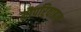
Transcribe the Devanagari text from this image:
नौपरिवाहन